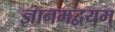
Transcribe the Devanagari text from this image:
ज्ञानमद्वयम्‌